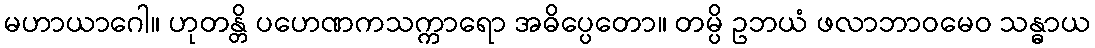
မဟာယာဂေါ။ ဟုတန္တိ ပဟေဏကသက္ကာရော အဓိပ္ပေတော။ တမ္ပိ ဥဘယံ ဖလာဘာဝမေဝ သန္ဓာယ